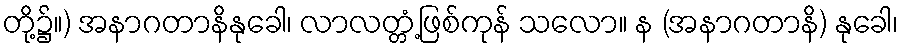
တို့၌။) အနာဂတာနိနုခေါ၊ လာလတ္တံ့ဖြစ်ကုန် သလော။ န (အနာဂတာနိ) နုခေါ၊